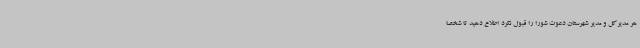
هر مدیرکل و مدیر شهرستان دعوت شورا را قبول نکرد اطلاع دهید تا شخصا